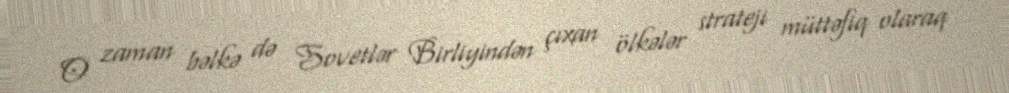
O zaman bəlkə də Sovetlər Birliyindən çıxan ölkələr strateji müttəfiq olaraq